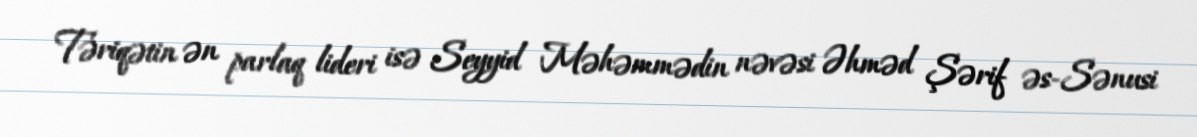
Təriqətin ən parlaq lideri isə Seyyid Məhəmmədin nəvəsi Əhməd Şərif əs-Sənusi